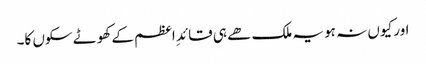
اور کیوں نہ ہو یہ ملک ھے ہی قائدِ اعظم کے کھوٹے سکوں کا۔